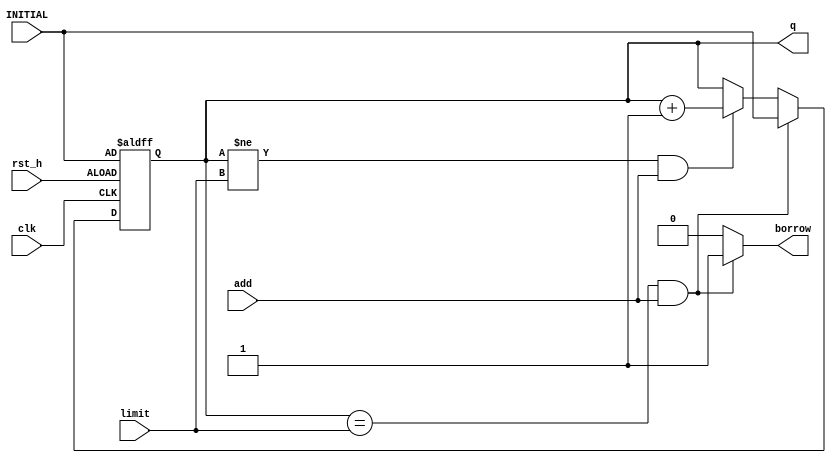
module BCD_UP(limit, clk, rst_h, add, q, borrow, INITIAL);
    input [7:0]INITIAL;
    input [7:0]limit;
    input clk;
    input rst_h;
    input add;
    output reg [7:0]q;
    output reg borrow;
    reg [7:0]q_temp;
    
    always @*
        if (q == limit && add == 1) begin
            q_temp = INITIAL;
            borrow = 1'b1;
        end
        else if (q != limit && add == 1) begin
            q_temp = q + 1'b1;
            borrow = 1'b0;
        end
        else begin
            q_temp = q;
            borrow = 1'b0;
        end
            
    always @(posedge clk or posedge rst_h)
        if (rst_h) q <= INITIAL;
        else q <= q_temp;
        
endmodule